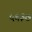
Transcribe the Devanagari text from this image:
५६३७